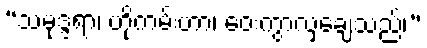
“သမုဒ္ဒရာ၊ ဟိုကမ်းဟာ၊ ဝေးကွာလှချေသည်၊”